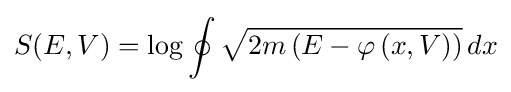
S(E,V)=\log \oint {\sqrt {2m\left(E-\varphi \left(x,V\right)\right)}}\,dx